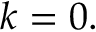
k = 0 .